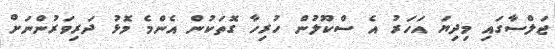
ޖަލްސާގައި މިދިޔަ އަހަރު އެ ސްކޫލުން ހުރިހާ ގޮތަކުން އެންމެ މޮޅު ދަރިވަރުންނަށް